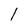
Character: l